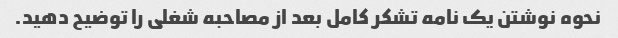
نحوه نوشتن یک نامه تشکر کامل بعد از مصاحبه شغلی را توضیح دهید.